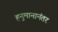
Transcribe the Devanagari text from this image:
हनुमानानंतर